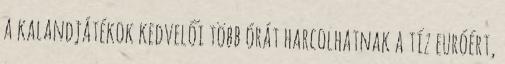
a kalandjátékok kedvelői több órát harcolhatnak a tíz euróért,